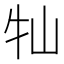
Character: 𡵣